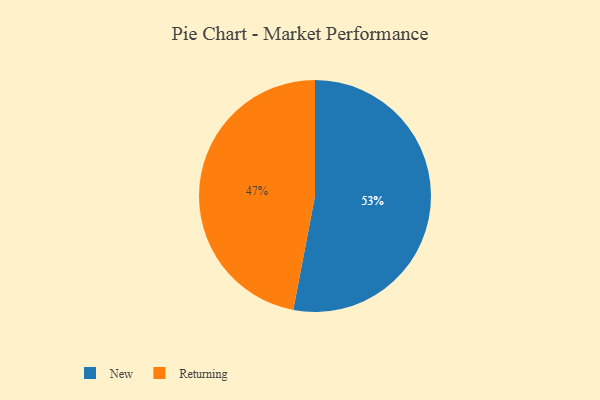
{"axis": {"x": "Category", "y": "Percentage"}, "legend": ["New", "Returning"], "data": [{"x": "New", "y": 53, "type": "New"}, {"x": "Returning", "y": 47, "type": "Returning"}]}